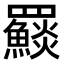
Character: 𩼄